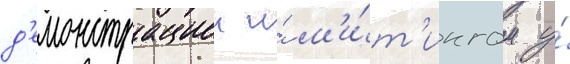
д'емонстрациеи и́ м'и́т'ингом у́